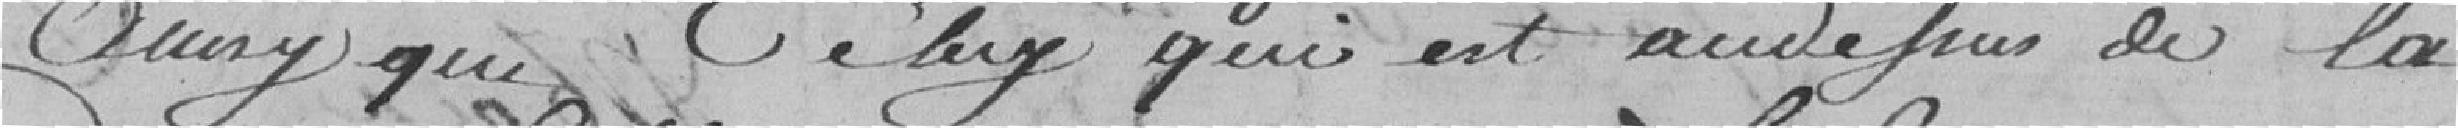
ainsi que celui qui est au-dessus de la